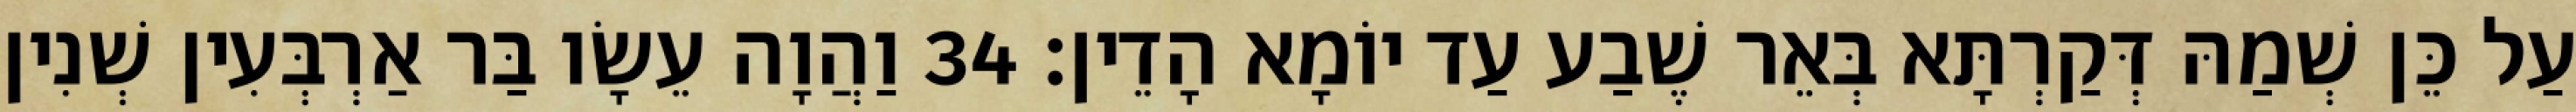
עַל כֵּן שְׁמַהּ דְּקַרְתָּא בְּאֵר שֶׁבַע עַד יוֹמָא הָדֵין׃ 34 וַהֲוָה עֵשָׂו בַּר אַרְבְּעִין שְׁנִין